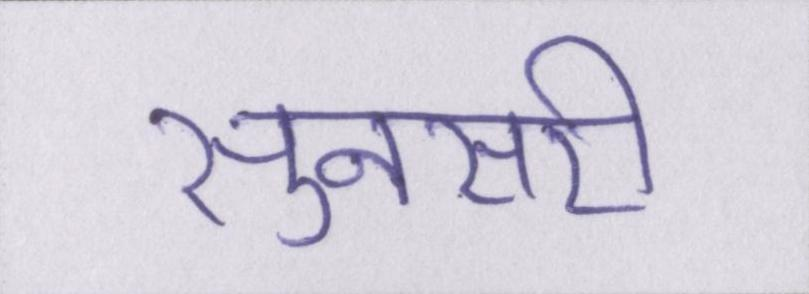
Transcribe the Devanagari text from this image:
सुनसरी